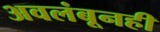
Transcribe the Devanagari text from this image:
अवलंबूनही